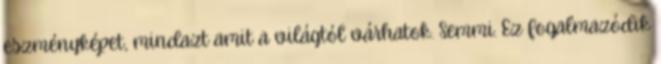
eszményképet, mindazt amit a világtól várhatok. Semmi. Ez fogalmazódik